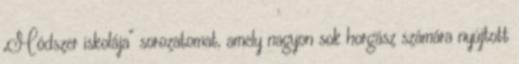
„Módszer iskolája” sorozatomat, amely nagyon sok horgász számára nyújtott